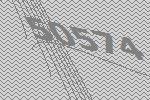
50574